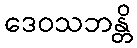
ဒေဝသဘန္တိ